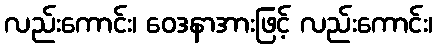
လည်းကောင်း၊ ဝေဒနာအားဖြင့် လည်းကောင်း၊